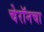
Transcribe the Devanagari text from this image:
चेरॉनचा